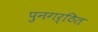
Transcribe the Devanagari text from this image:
पुनगर्ठित